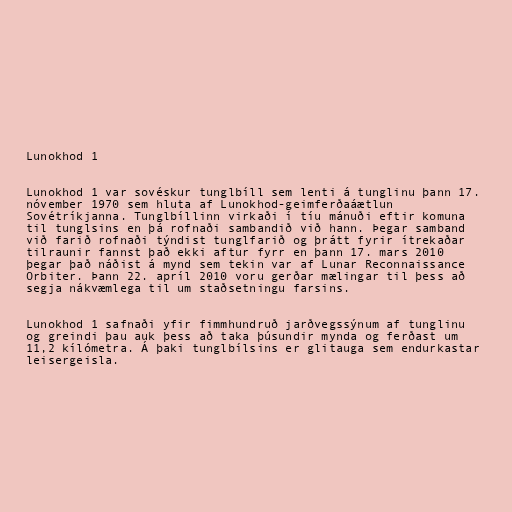
Lunokhod 1

Lunokhod 1 var sovéskur tunglbíll sem lenti á tunglinu þann 17.
nóvember 1970 sem hluta af Lunokhod-geimferðaáætlun
Sovétríkjanna. Tunglbíllinn virkaði í tíu mánuði eftir komuna
til tunglsins en þá rofnaði sambandið við hann. Þegar samband
við farið rofnaði týndist tunglfarið og þrátt fyrir ítrekaðar
tilraunir fannst það ekki aftur fyrr en þann 17. mars 2010
þegar það náðist á mynd sem tekin var af Lunar Reconnaissance
Orbiter. Þann 22. apríl 2010 voru gerðar mælingar til þess að
segja nákvæmlega til um staðsetningu farsins.

Lunokhod 1 safnaði yfir fimmhundruð jarðvegssýnum af tunglinu
og greindi þau auk þess að taka þúsundir mynda og ferðast um
11,2 kílómetra. Á þaki tunglbílsins er glitauga sem endurkastar
leisergeisla.